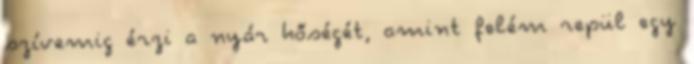
szívemig érzi a nyár hőségét, amint felém repül egy